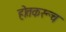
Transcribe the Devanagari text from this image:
होतकरूच